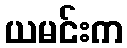
ယမင်းက